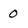
Character: 0